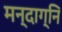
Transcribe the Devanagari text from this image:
मन्दाग्नि